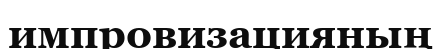
импровизацияның